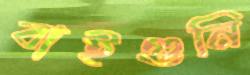
বাইগুনি